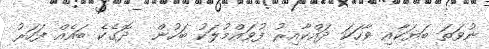
ނުވަތަ ބަޔަކާއި ވާހަކަ ދައްކާއިރު ފުވައްމުލަކު ބަހުން  ދޮގެކެ ބައެއް ފަހަރު